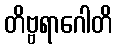
တိဗ္ဗရာဂေါတိ